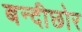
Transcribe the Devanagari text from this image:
बन्दीछोर